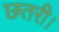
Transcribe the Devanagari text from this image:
छतरी।